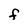
Character: F